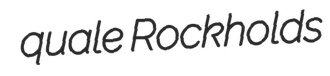
quale Rockholds